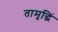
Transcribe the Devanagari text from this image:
तामृद्धिं